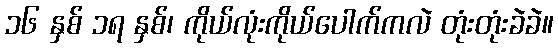
၁၆ နှစ် ၁ရ နှစ်၊ ကိုယ်လုံးကိုယ်ပေါက်ကလဲ တုံးတုံးခဲခဲ။